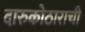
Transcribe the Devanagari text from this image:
दारुकोठाराची